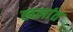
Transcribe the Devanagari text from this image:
खलांत